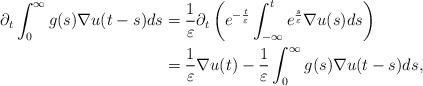
LaTeX: \begin{align*}\partial_t \int_0^\infty g(s)\nabla u(t-s)ds&=\frac{1}{\varepsilon}\partial_t \,\bigg(e^{-\frac{t}\varepsilon}\int_{-\infty}^t e^{\frac{s}\varepsilon}\nabla u(s)ds\bigg)\\&=\frac{1}{\varepsilon} \nabla u(t)-\frac{1}{\varepsilon}\int_0^\infty g(s)\nabla u(t-s)ds,\end{align*}